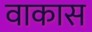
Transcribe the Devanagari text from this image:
वाकास